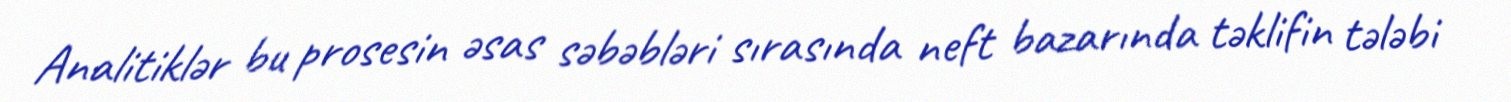
Analitiklər bu prosesin əsas səbəbləri sırasında neft bazarında təklifin tələbi